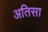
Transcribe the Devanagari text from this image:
अतिसा